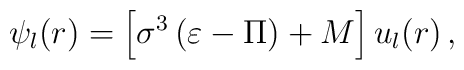
\psi _{l}(r)=\left[ \sigma ^{3}\left( \varepsilon -\Pi \right) +M\right]u_{l}(r)\,,